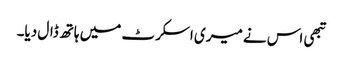
تبھی اس نے میری اسکرٹ میں ہاتھ ڈال دیا۔